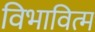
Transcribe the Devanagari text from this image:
विभावित्म